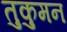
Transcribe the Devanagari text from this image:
तुकुमन